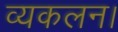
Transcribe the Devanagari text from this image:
व्यकलन।